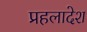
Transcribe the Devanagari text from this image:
प्रहलादेश